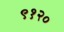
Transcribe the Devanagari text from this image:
९१२०